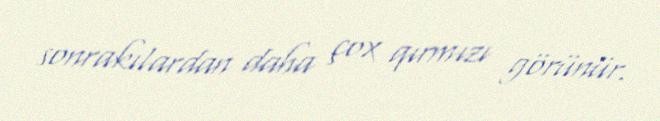
sonrakılardan daha çox qırmızı görünür.